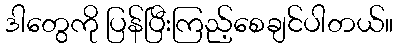
ဒါတွေကို ပြန်ပြီးကြည့်စေချင်ပါတယ်။